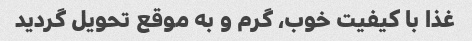
غذا با کیفیت خوب، گرم و به موقع تحویل گردید